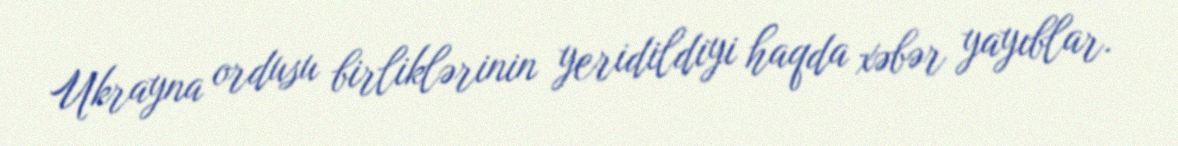
Ukrayna ordusu birliklərinin yeridildiyi haqda xəbər yayıblar.